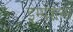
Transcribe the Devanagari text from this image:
इम्पेशन्स